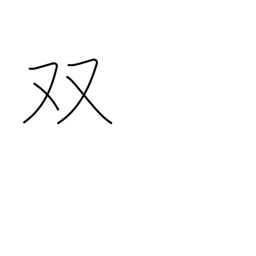
Meaning: pair